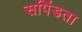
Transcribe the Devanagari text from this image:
सपिंडता